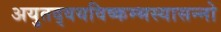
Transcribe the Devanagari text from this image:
अयुतद्वयविष्कम्भस्यासन्नो